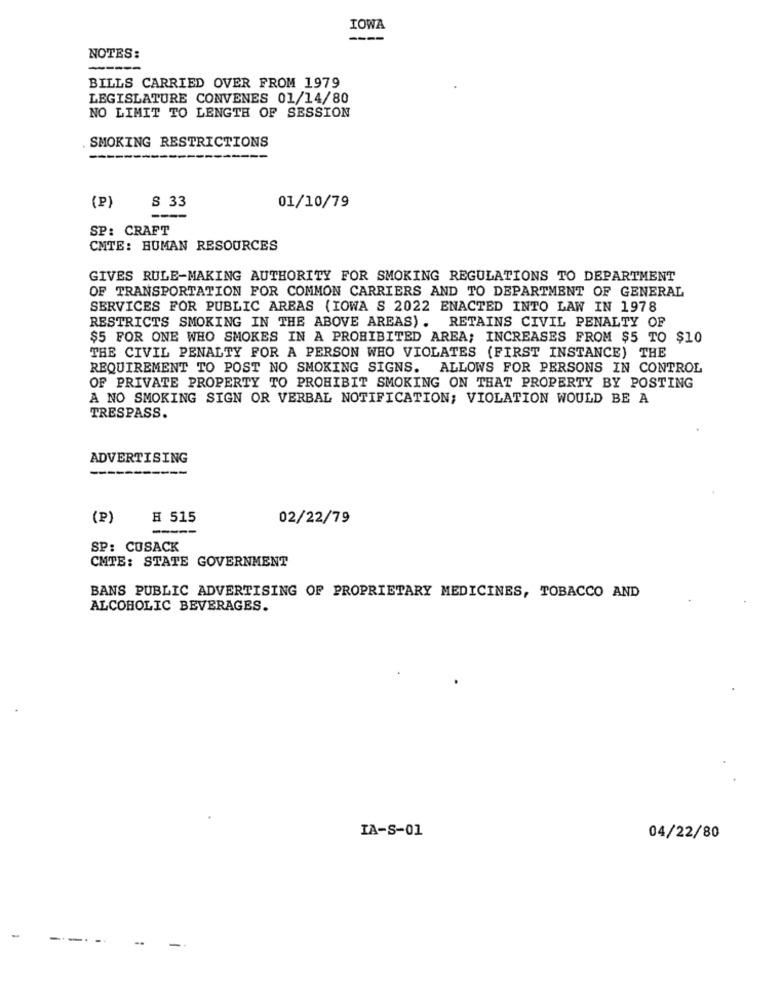
IOWA
NOTES:
---
BILLS CARRIED OVER FROM 1979
LEGISLATURE CONVENES 01/14/80
NO LIMIT TO LENGTH OF SESSION
SMOKING RESTRICTIONS
(P)
S 33
01/10/79
SP: CRAFT
CNTE: HUMAN RESOURCES
GIVES RULE-MAKING AUTHORITY FOR SMOKING REGULATIONS TO DEPARTMENT
OF TRANSPORTATION FOR COMMON CARRIERS AND TO DEPARTMENT OF GENERAL
SERVICES FOR PUBLIC AREAS (IOWA S 2022 ENACTED INTO LAW IN 1978
RESTRICTS SMOKING IN THE ABOVE AREAS) . RETAINS CIVIL PENALTY OF
$5 FOR ONE WHO SMOKES IN A PROHIBITED AREA; INCREASES FROM $5 TO $10
THE CIVIL PENALTY FOR A PERSON WHO VIOLATES (FIRST INSTANCE) THE
REQUIREMENT TO POST NO SMOKING SIGNS. ALLOWS FOR PERSONS IN CONTROL
OF PRIVATE PROPERTY TO PROHIBIT SMOKING ON THAT PROPERTY BY POSTING
A NO SMOKING SIGN OR VERBAL NOTIFICATION; VIOLATION WOULD BE A
TRESPASS.
ADVERTISING
(P)
H 515
02/22/79
-----
SP: CUSACK
CMTE: STATE GOVERNMENT
BANS PUBLIC ADVERTISING OF PROPRIETARY MEDICINES, TOBACCO AND
ALCOHOLIC BEVERAGES.
IA-S-01
04/22/80
-
-.
--